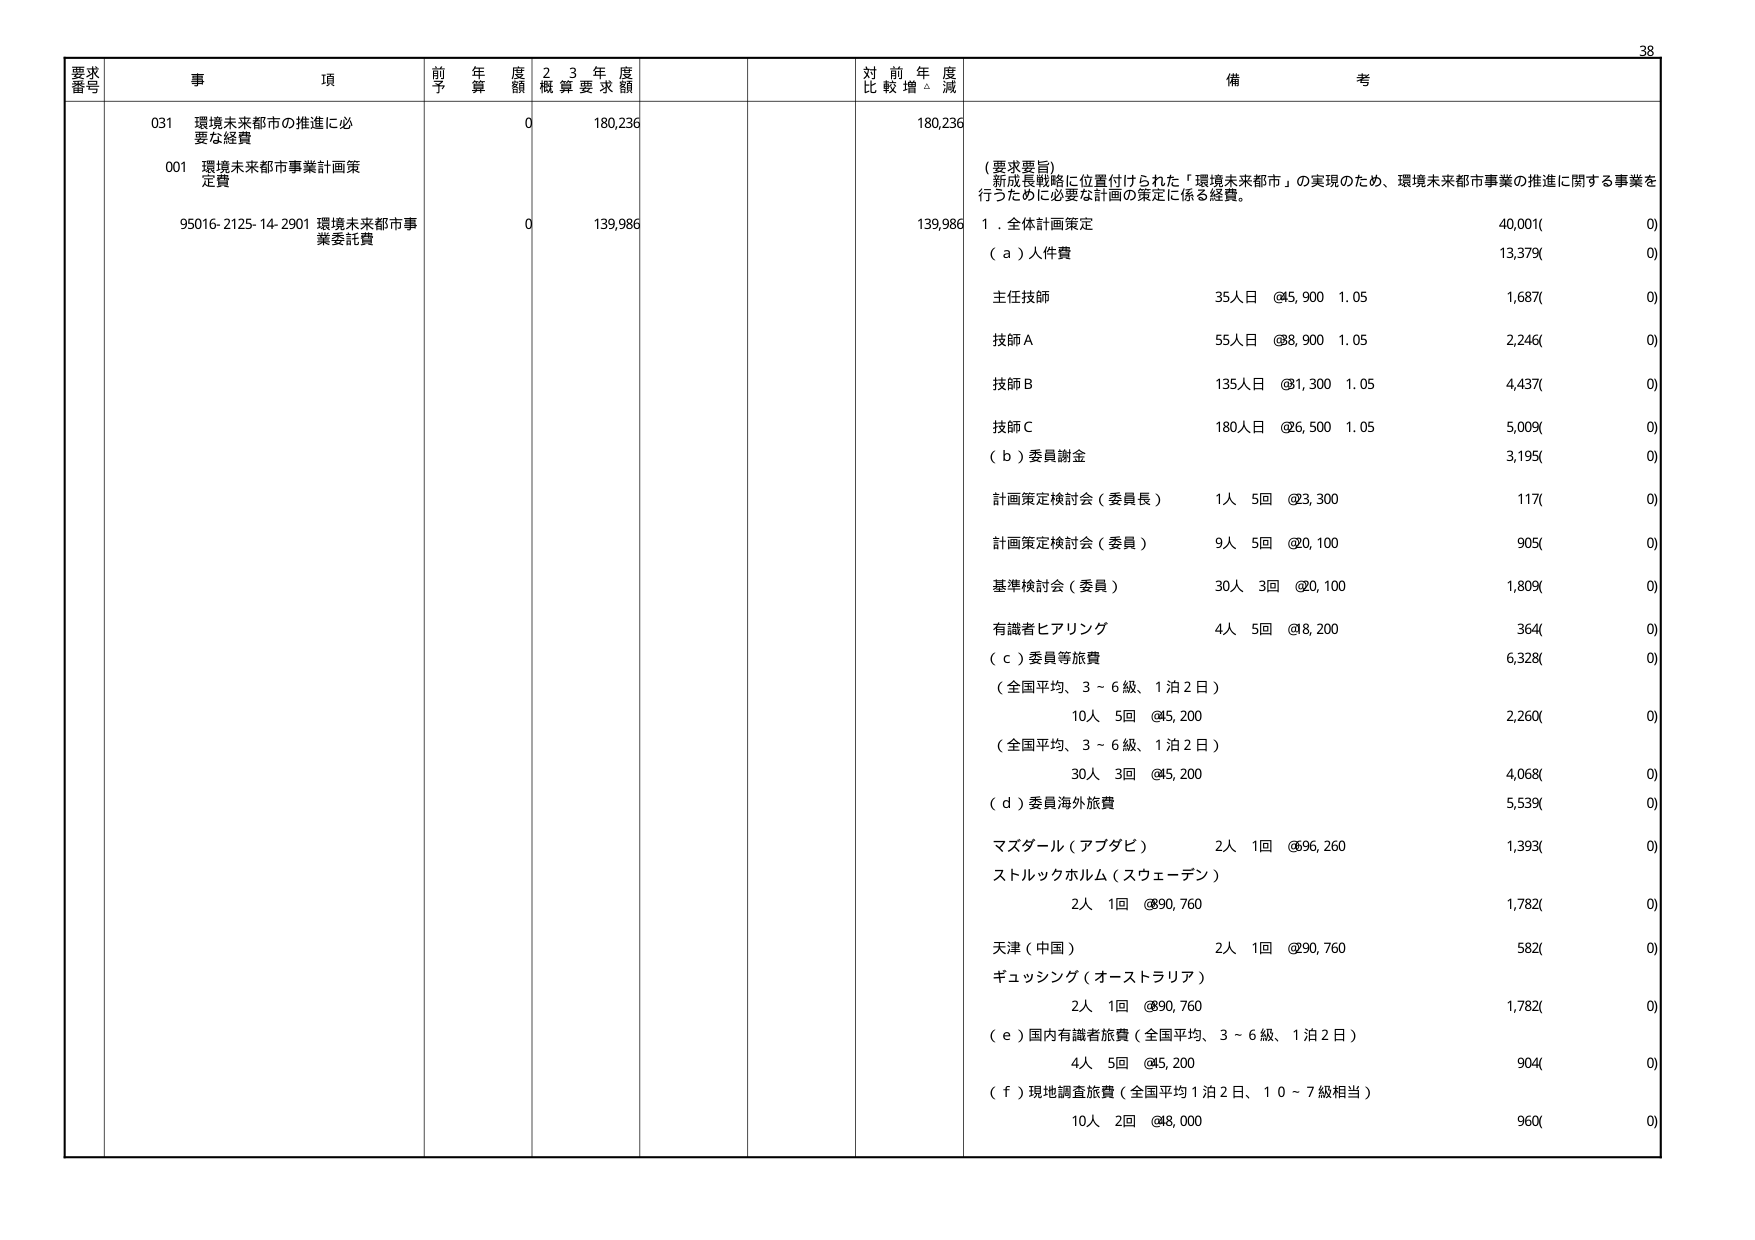
38
要求番号 事項 前年度予算額 2 3 年度概算要求額 対前年度比較増△減 備考
031 環境未来都市の推進に必要な経費 0 180,236 180,236
001 環境未来都市事業計画策定費
95016-2125-14-2901 環境未来都市事業委託費 0 139,986 139,986
（要求要旨）
新成長戦略に位置付けられた「環境未来都市」の実現のため、環境未来都市事業の推進に関する事業を行うために必要な計画の策定に係る経費。
１．全体計画策定 40,001( 0)
（ａ）人件費 13,379( 0)
主任技師 35人日 @45,900 1.05 1,687( 0)
技師Ａ 55人日 @38,900 1.05 2,246( 0)
技師Ｂ 135人日 @31,300 1.05 4,437( 0)
技師Ｃ 180人日 @26,500 1.05 5,009( 0)
（ｂ）委員謝金 3,195( 0)
計画策定検討会（委員長） 1人 5回 @23,300 117( 0)
計画策定検討会（委員） 9人 5回 @20,100 905( 0)
基準検討会（委員） 30人 3回 @20,100 1,809( 0)
有識者ヒアリング 4人 5回 @8,200 364( 0)
（ｃ）委員等旅費 6,328( 0)
（全国平均、3～6級、1泊2日）
10人 5回 @45,200 2,260( 0)
（全国平均、3～6級、1泊2日）
30人 3回 @45,200 4,068( 0)
（ｄ）委員海外旅費 5,539( 0)
マズダル（アブダビ） 2人 1回 @596,260 1,393( 0)
ストルックホルム（スウェーデン） 2人 1回 @90,760 1,782( 0)
天津（中国） 2人 1回 @90,760 582( 0)
ギュッシング（オーストラリア） 2人 1回 @90,760 1,782( 0)
（ｅ）国内有識者旅費（全国平均、3～6級、1泊2日）
4人 5回 @45,200 904( 0)
（ｆ）現地調査旅費（全国平均1泊2日、10～7級相当）
10人 2回 @48,000 960( 0)